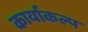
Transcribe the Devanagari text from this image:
कार्याकल्प